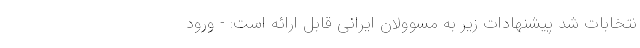
نتخابات شد پیشنهادات زیر به مسوولان ایرانی قابل ارائه است: - ورود